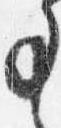
事